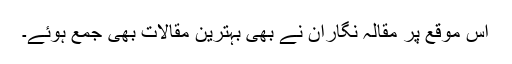
اس موقع پر مقالہ نگاران نے بھی بہترین مقالات بھی جمع ہوئے۔